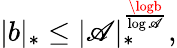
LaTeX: |b|_{*}\leq|\mathscr{A}|_{*}^{\frac{{\logb}}{{\log\mathscr{A}}}},